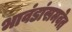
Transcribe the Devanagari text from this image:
भावंडांसमवेत